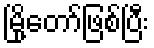
မြို့တော်ဖြစ်ပြီး